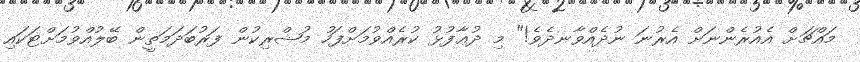
މައްޗަށް އެއުރެންނަށް އެރުނަ ނުދެއްވާނދެވެ!" މި ދުޢާފުޅު ކުރެއްވުމަށްފަހު މުޝްރިކުން ފަރުބަދަމަތީން ބޭލުއްވުމަށްޓަކައި